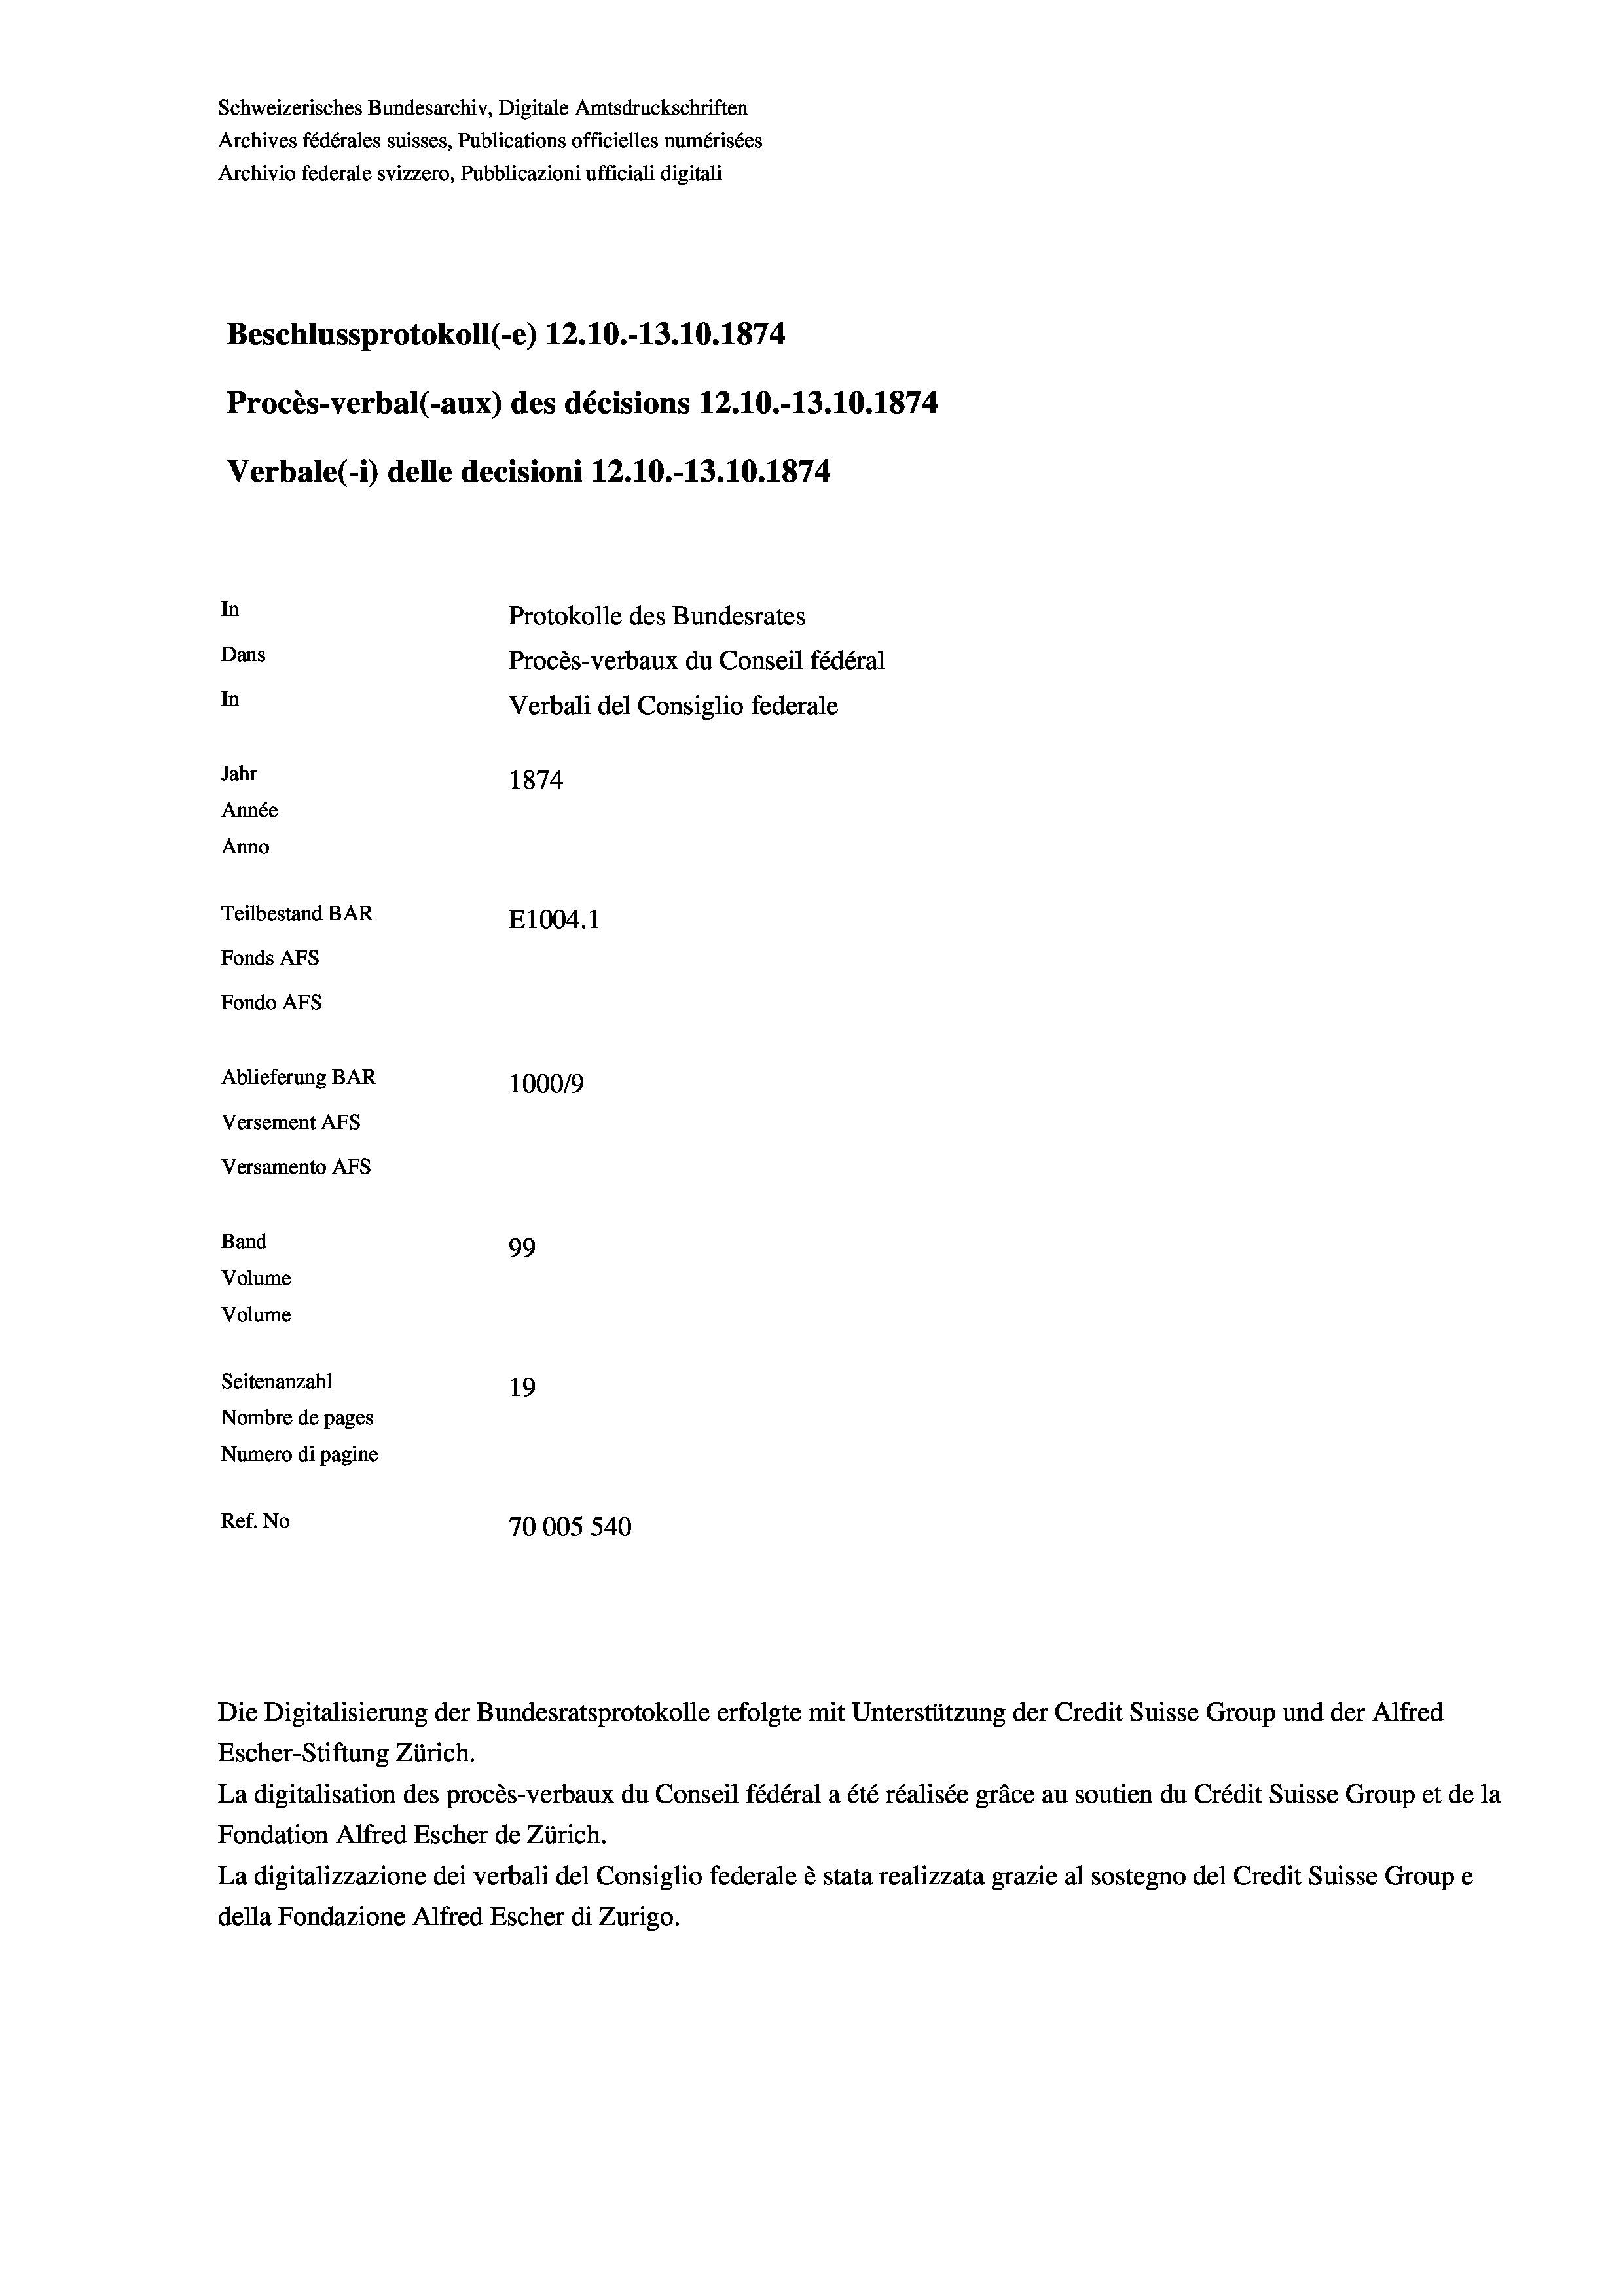
Schweizerisches Bundesarchiv, Digitale Amtsdruckschriften
Archives fédérales suisses, Publications officielles numérisées
Archivio federale svizzero, Pubblicazioni ufficiali digitali
Beschlussprotokoll (-e) 12.10.-13.10.1874.
Procès-verbal (-aux) des décisions 12.10.-13.10.1874
Verbale (i) delle decisioni 12.10.-13.10.1874
In
Protokolle des Bundesrates
Dans
Procès-verbaux du Conseil fédéral
In
Verbali del Consiglio federale
Jahr
1874
Année
Anno
Teilbestand BAR
E1004. 1
Fonds AEs
Fondo Afs
Ablieferung BAR
100019
Versement AFs
Versamento Afs
Band
99
Volume
Volume
Seitenanzahl
19
Nombre de pages
Numero di pagine
Ref. No
70005 540

Die Digitalisierung der Bundesratsprotokolle erfolgte mit Unterstützung der Credit Suisse Group und der Alfred
Escher-Stiftung Zürich.
La digitalisation des procès-verbaux du Conseil fédéral a été réalisée gräce au soutien du Crédit Suisse Group et de la
Fondation Alfred Escher de Zürich.
La digitalizzazione dei verbali del Consiglio federale è stata realizzata grazie al sostegno del Credit Suisse Groupe
della Fondazione Alfred Escher di Zurigo.